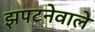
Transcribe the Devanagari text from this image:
झपटनेवाले